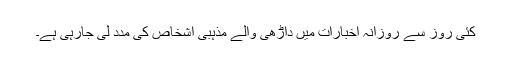
کئی روز سے روزانہ اخبارات میں داڑھی والے مذہبی اشخاص کی مدد لی جارہی ہے۔